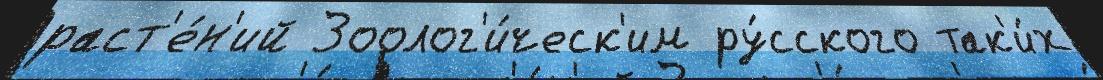
раст'е́н'ий Зоолог'и́ческ'им ру́сского так'и́х